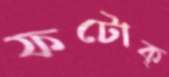
ফটোক্